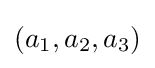
(a_{1},a_{2},a_{3})